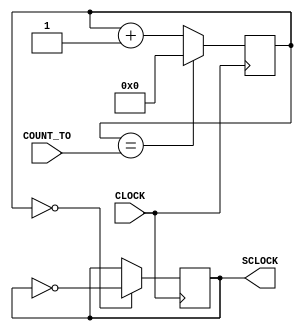
`timescale 1ns / 1ps
//////////////////////////////////////////////////////////////////////////////////
// Company: 
// Engineer: 
// 
// Design Name: 
// Module Name: clk_custom
// Project Name: 
// Target Devices: 
// Tool Versions: 
// Description: 
// 
// Dependencies: 
// 
// Revision:
// Revision 0.01 - File Created
// Additional Comments:
// 
//////////////////////////////////////////////////////////////////////////////////


module clk_custom(
    input CLOCK,
    input [32:0] COUNT_TO,
    output reg SCLOCK = 0
    );
    reg [31:0] count = 32'b0;
    always @ (posedge CLOCK) begin
        count <= (count == COUNT_TO) ? 0 : count + 1; //2499
        SCLOCK <= (count == 32'b0) ? ~SCLOCK : SCLOCK;
    end
endmodule